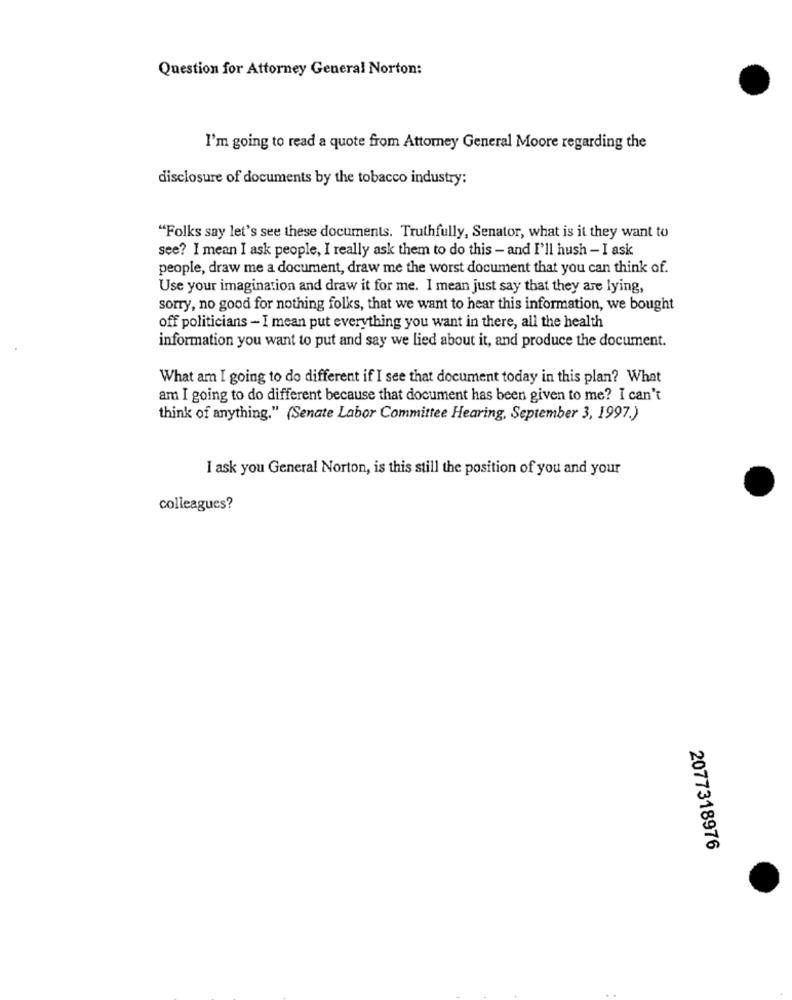
Question for Attorney General Norton:
I'm going to read a quote from Attorney General Moore regarding the
disclosure of documents by the tobacco industry:
"Folks say let's see these documents. Truthfully, Senator, what is it they want to
see? I mean I ask people, I really ask them to do this - and I'll hush - I ask
people, draw me a document, draw me the worst document that you can think of.
Use your imagination and draw it for me. I mean just say that they are lying,
sorry, no good for nothing folks, that we want to hear this information, we bought
off politicians - I mean put everything you want in there, all the health
information you want to put and say we lied about it, and produce the document.
What am I going to do different if I see that document today in this plan? What
am I going to do different because that document has been given to me? I can't
think of anything." (Senate Labor Committee Hearing, September 3, 1997.)
I ask you General Norton, is this still the position of you and your
colleagues?
2077318976